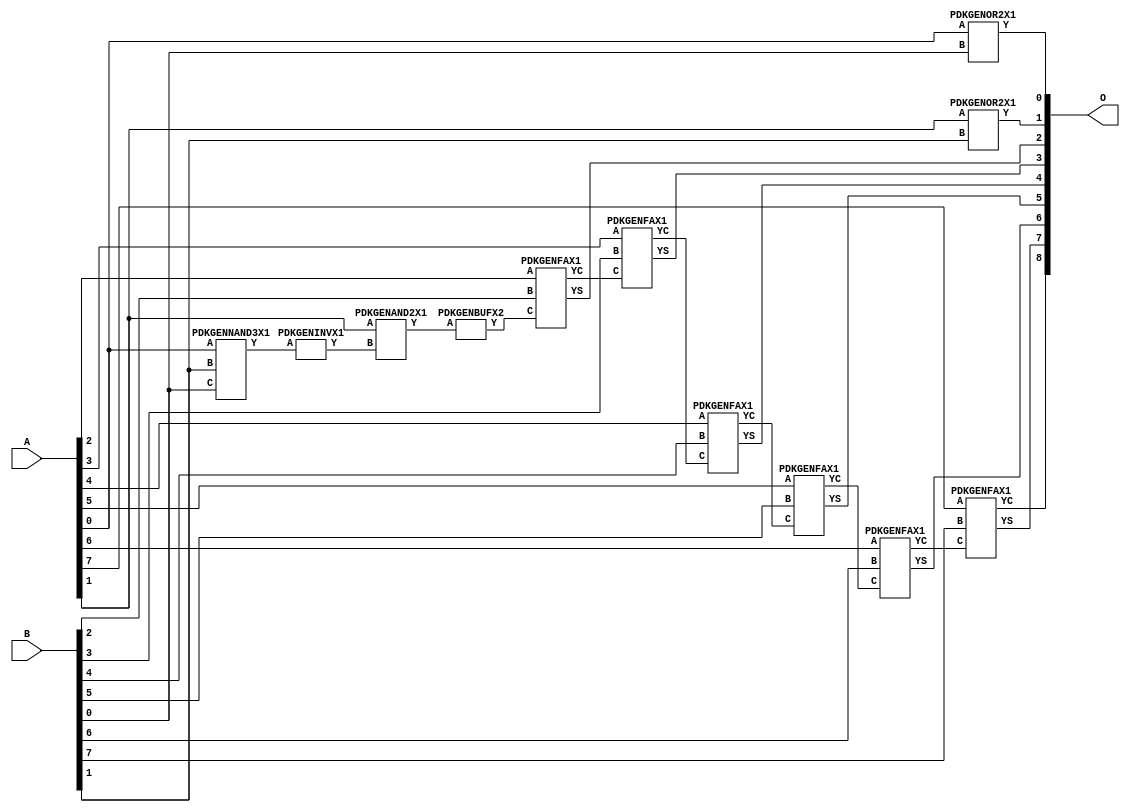
// Library = EvoApprox8b
// Circuit = add8_060
// Area   (180) = 892
// Delay  (180) = 1.620
// Power  (180) = 278.10
// Area   (45) = 67
// Delay  (45) = 0.630
// Power  (45) = 27.11
// Nodes = 12
// HD = 81600
// MAE = 0.62500
// MSE = 1.00000
// MRE = 0.34 %
// WCE = 2
// WCRE = 50 %
// EP = 43.8 %

module add8_060(A, B, O);
  input [7:0] A;
  input [7:0] B;
  output [8:0] O;
  wire [2031:0] N;

  assign N[0] = A[0];
  assign N[1] = A[0];
  assign N[2] = A[1];
  assign N[3] = A[1];
  assign N[4] = A[2];
  assign N[5] = A[2];
  assign N[6] = A[3];
  assign N[7] = A[3];
  assign N[8] = A[4];
  assign N[9] = A[4];
  assign N[10] = A[5];
  assign N[11] = A[5];
  assign N[12] = A[6];
  assign N[13] = A[6];
  assign N[14] = A[7];
  assign N[15] = A[7];
  assign N[16] = B[0];
  assign N[17] = B[0];
  assign N[18] = B[1];
  assign N[19] = B[1];
  assign N[20] = B[2];
  assign N[21] = B[2];
  assign N[22] = B[3];
  assign N[23] = B[3];
  assign N[24] = B[4];
  assign N[25] = B[4];
  assign N[26] = B[5];
  assign N[27] = B[5];
  assign N[28] = B[6];
  assign N[29] = B[6];
  assign N[30] = B[7];
  assign N[31] = B[7];

  PDKGENOR2X1 n32(.A(N[0]), .B(N[16]), .Y(N[32]));
  PDKGENNAND3X1 n52(.A(N[0]), .B(N[18]), .C(N[16]), .Y(N[52]));
  PDKGENINVX1 n58(.A(N[52]), .Y(N[58]));
  assign N[59] = N[58];
  PDKGENAND2X1 n62(.A(N[2]), .B(N[59]), .Y(N[62]));
  assign N[63] = N[62];
  PDKGENOR2X1 n82(.A(N[2]), .B(N[18]), .Y(N[82]));
  PDKGENBUFX2 n98(.A(N[63]), .Y(N[98]));
  assign N[99] = N[98];
  PDKGENFAX1 n132(.A(N[4]), .B(N[20]), .C(N[99]), .YS(N[132]), .YC(N[133]));
  PDKGENFAX1 n182(.A(N[6]), .B(N[22]), .C(N[133]), .YS(N[182]), .YC(N[183]));
  PDKGENFAX1 n232(.A(N[8]), .B(N[24]), .C(N[183]), .YS(N[232]), .YC(N[233]));
  PDKGENFAX1 n282(.A(N[10]), .B(N[26]), .C(N[233]), .YS(N[282]), .YC(N[283]));
  PDKGENFAX1 n332(.A(N[12]), .B(N[28]), .C(N[283]), .YS(N[332]), .YC(N[333]));
  PDKGENFAX1 n382(.A(N[14]), .B(N[30]), .C(N[333]), .YS(N[382]), .YC(N[383]));

  assign O[0] = N[32];
  assign O[1] = N[82];
  assign O[2] = N[132];
  assign O[3] = N[182];
  assign O[4] = N[232];
  assign O[5] = N[282];
  assign O[6] = N[332];
  assign O[7] = N[382];
  assign O[8] = N[383];

endmodule
/* mod */
module PDKGENFAX1( input A, input B, input C, output YS, output YC );
    assign YS = (A ^ B) ^ C;
    assign YC = (A & B) | (B & C) | (A & C);
endmodule
/* mod */
module PDKGENOR2X1(input A, input B, output Y );
     assign Y = A | B;
endmodule
/* mod */
module PDKGENAND2X1(input A, input B, output Y );
     assign Y = A & B;
endmodule
/* mod */
module PDKGENINVX1(input A, output Y );
     assign Y = ~A;
endmodule
/* mod */
module PDKGENNAND3X1(input A, input B, input C, output Y );
     assign Y = ~((A & B) & C);
endmodule
/* mod */
module PDKGENBUFX2(input A, output Y );
     assign Y = A;
endmodule